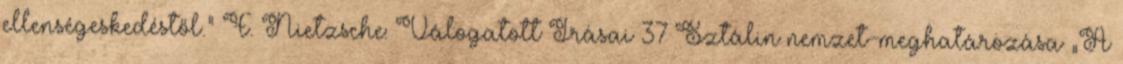
ellenségeskedéstől.” F. Nietzsche: Válogatott Írásai 37 Sztálin nemzet-meghatározása „A